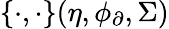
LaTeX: \{ \cdot,\cdot\} (\eta,\phi_{\partial},\Sigma)